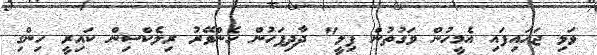
ވަޅި ޖަހައިފައި އެމީހުން ވަގުތުން ފިލީ" ދާދިފަހުން ހެންވޭރު ރިލެކްސިން ކައިރީ ހިންގި